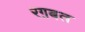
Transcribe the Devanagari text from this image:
रग़बत